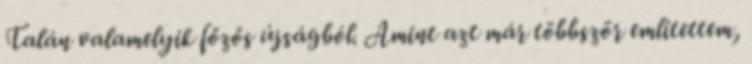
Talán valamelyik főzős újságból. Amint azt már többször említettem,